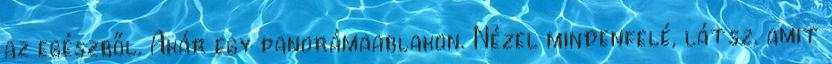
az egészből. Akár egy panorámaablakon. Nézel mindenfelé, látsz, amit